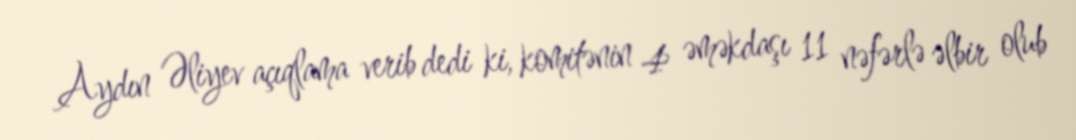
Aydın Əliyev açıqlama verib dedi ki, komitənin 4 əməkdaşı 11 nəfərlə əlbir olub